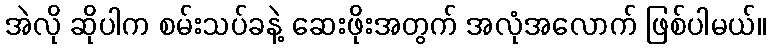
အဲလို ဆိုပါက စမ်းသပ်ခနဲ့ ဆေးဖိုးအတွက် အလုံအလောက် ဖြစ်ပါမယ်။